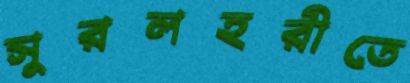
সুরলহরীতে